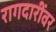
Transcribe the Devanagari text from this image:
रागदारींवर